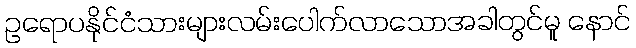
ဥရောပနိုင်ငံသားများလမ်းပေါက်လာသောအခါတွင်မူ နောင်